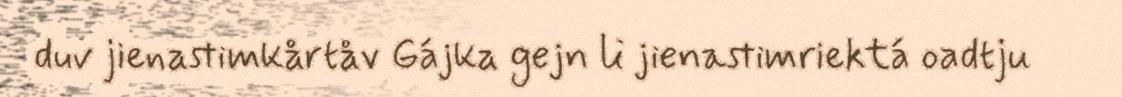
duv jienastimkårtåv Gájka gejn li jienastimriektá oadtju